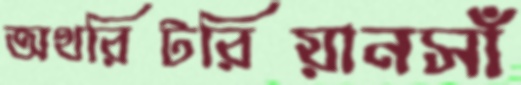
অথরিটরিয়ানসাঁ